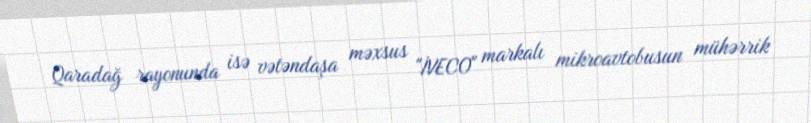
Qaradağ rayonunda isə vətəndaşa məxsus "İVECO" markalı mikroavtobusun mühərrik